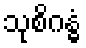
သုစိဂန္ဓံ